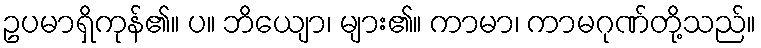
ဥပမာရှိကုန်၏။ ပ။ ဘိယျော၊ များ၏။ ကာမာ၊ ကာမဂုဏ်တို့သည်။